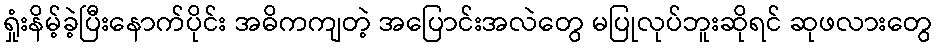
ရှုံးနိမ့်ခဲ့ပြီးနောက်ပိုင်း အဓိကကျတဲ့ အပြောင်းအလဲတွေ မပြုလုပ်ဘူးဆိုရင် ဆုဖလားတွေ